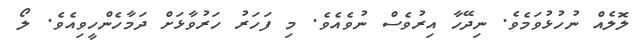
ލޮލެއް ނުހުޅުވަމެވެ. ނިދޭހާ އިރުވެސް ނުވެއެވެ. މި ފަހަރު ހަރުވާޅަށް ދަމާހެންހީވިއެވެ. ލޯ